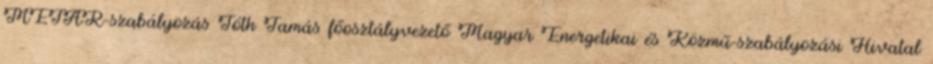
METÁR-szabályozás Tóth Tamás főosztályvezető Magyar Energetikai és Közmű-szabályozási Hivatal